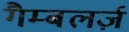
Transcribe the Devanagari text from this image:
गैम्बलर्ज़